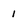
Character: 1